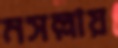
মসল্লায়